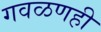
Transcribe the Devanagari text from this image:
गवळणही